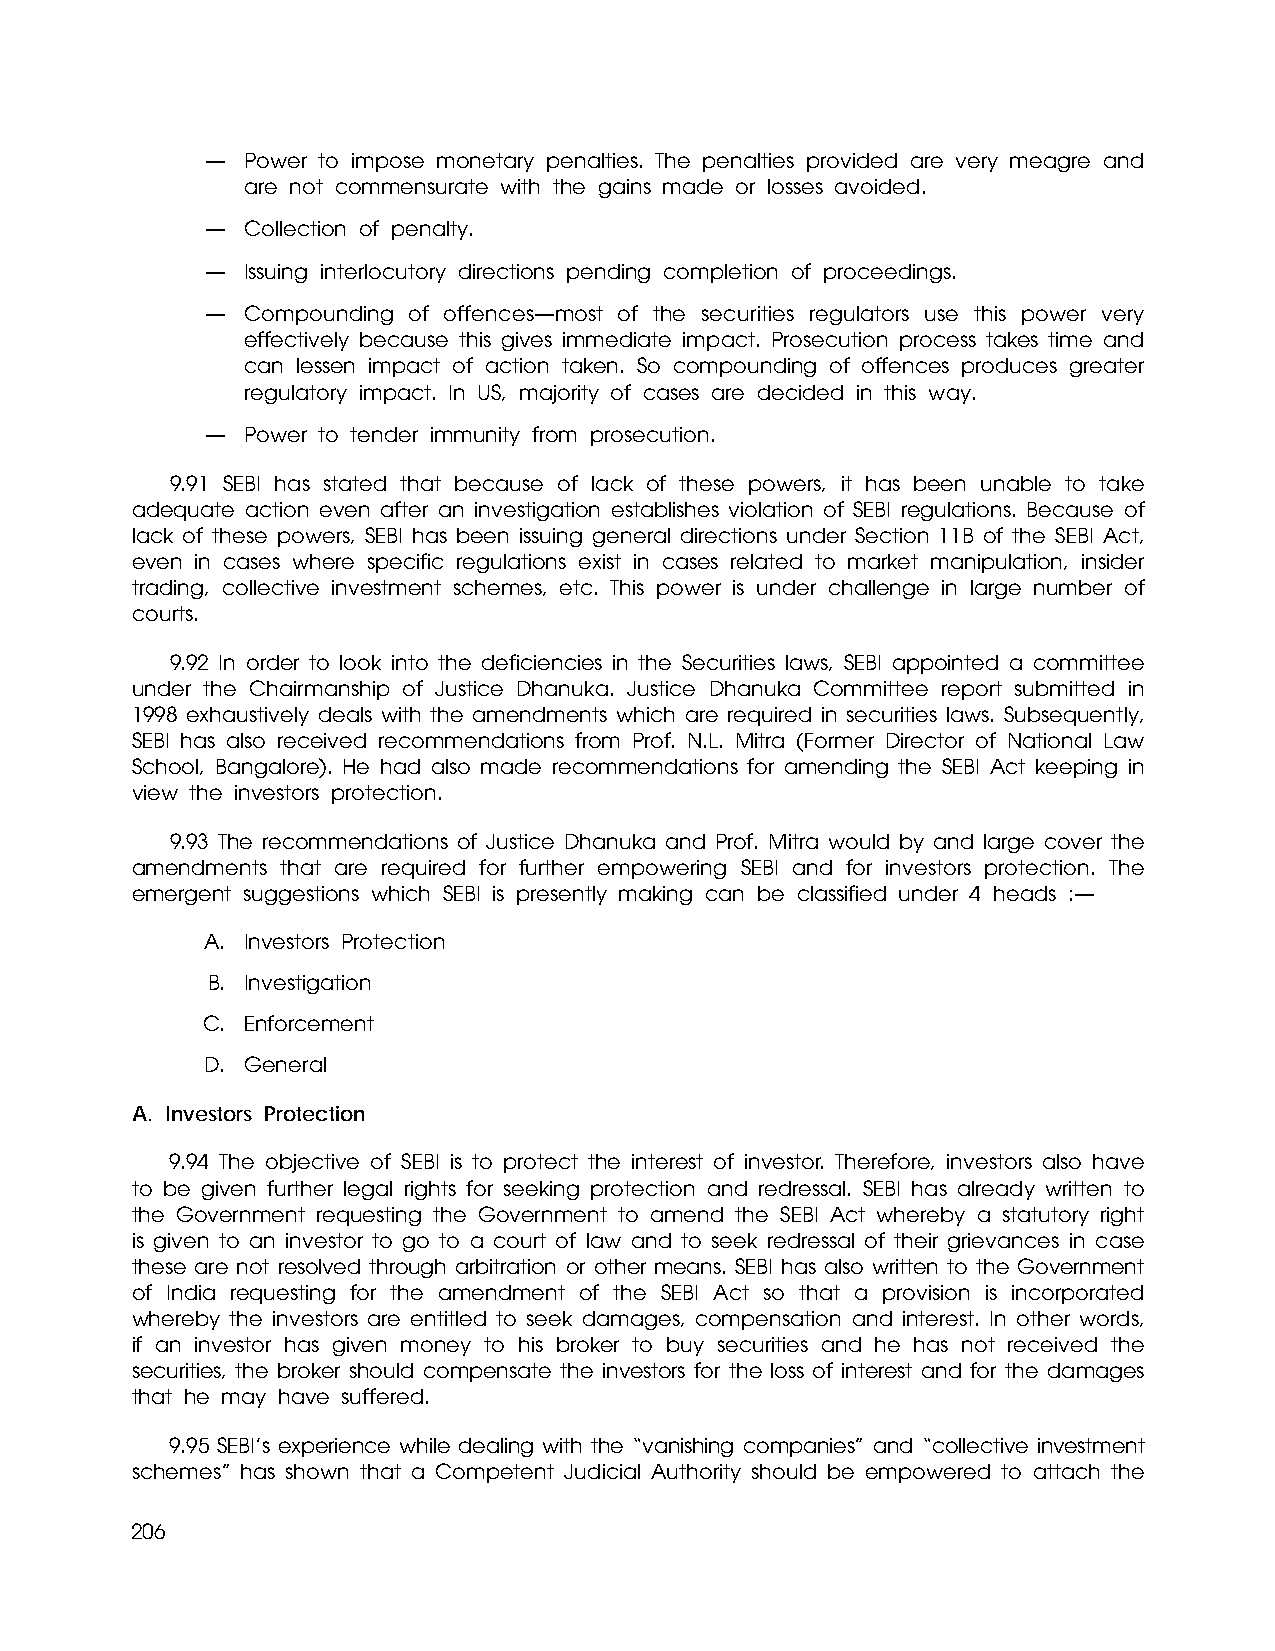
— Power to impose monetary penalties. The penalties provided are very meagre and
 are not commensurate with the gains made or losses avoided.
 — Collection of penalty.
 — Issuing interlocutory directions pending completion of proceedings.
 — Compounding of offences—most of the securities regulators use this power very
 effectively because this gives immediate impact. Prosecution process takes time and
 can lessen impact of action taken. So compounding of offences produces greater
 regulatory impact. In US, majority of cases are decided in this way.
 — Power to tender immunity from prosecution.
 9.91 SEBI has stated that because of lack of these powers, it has been unable to take
 adequate action even after an investigation establishes violation of SEBI regulations. Because of
 lack of these powers, SEBI has been issuing general directions under Section 11B of the SEBI Act,
 even in cases where specific regulations exist in cases related to market manipulation, insider
 trading, collective investment schemes, etc. This power is under challenge in large number of
 courts.
 9.92 In order to look into the deficiencies in the Securities laws, SEBI appointed a committee
 under the Chairmanship of Justice Dhanuka. Justice Dhanuka Committee report submitted in
 1998 exhaustively deals with the amendments which are required in securities laws. Subsequently,
 SEBI has also received recommendations from Prof. N.L. Mitra (Former Director of National Law
 School, Bangalore). He had also made recommendations for amending the SEBI Act keeping in
 view the investors protection.
 9.93 The recommendations of Justice Dhanuka and Prof. Mitra would by and large cover the
 amendments that are required for further empowering SEBI and for investors protection. The
 emergent suggestions which SEBI is presently making can be classified under 4 heads :—
 A. Investors Protection
 B. Investigation
 C. Enforcement
 D. General
 A. Investors Protection
 9.94 The objective of SEBI is to protect the interest of investor. Therefore, investors also have
 to be given further legal rights for seeking protection and redressal. SEBI has already written to
 the Government requesting the Government to amend the SEBI Act whereby a statutory right
 is given to an investor to go to a court of law and to seek redressal of their grievances in case
 these are not resolved through arbitration or other means. SEBI has also written to the Government
 of India requesting for the amendment of the SEBI Act so that a provision is incorporated
 whereby the investors are entitled to seek damages, compensation and interest. In other words,
 if an investor has given money to his broker to buy securities and he has not received the
 securities, the broker should compensate the investors for the loss of interest and for the damages
 that he may have suffered.
 9.95 SEBI’s experience while dealing with the “vanishing companies” and “collective investment
 schemes” has shown that a Competent Judicial Authority should be empowered to attach the
 206